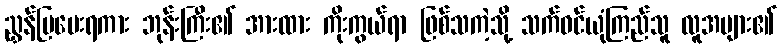
ညွှန်ပြပေးရကား ဘုန်းကြီး၏ အားထား ကိုးကွယ်ရာ ဖြစ်သကဲ့သို့ သက်ဝင်ယုံကြည်သူ လူအများ၏